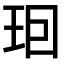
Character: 𤤨